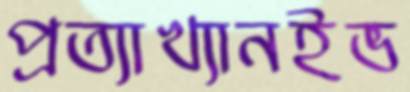
প্রত্যাখ্যানইভ